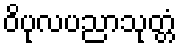
ဝိပုလပညာသုတ္တံ